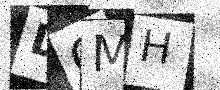
Text: DCMH